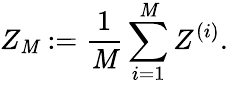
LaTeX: Z_{\mathit{M}}:=\frac{{1}}{{\mathit{M}}}\sum_{i=1}^{\mathit{M}}Z^{(i)}.